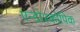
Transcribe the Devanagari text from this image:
एन्डोस्कोपिक